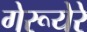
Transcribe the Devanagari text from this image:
गेरूयेरे